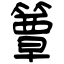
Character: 簟